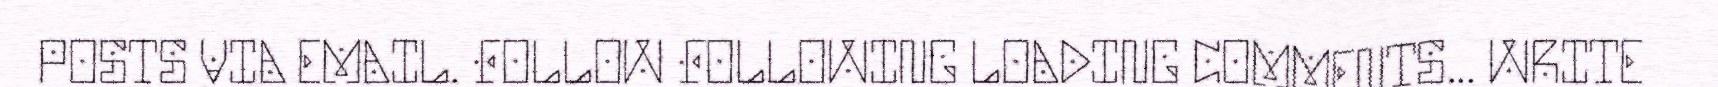
POSTS VIA EMAIL. FOLLOW FOLLOWING LOADING COMMENTS... WRITE